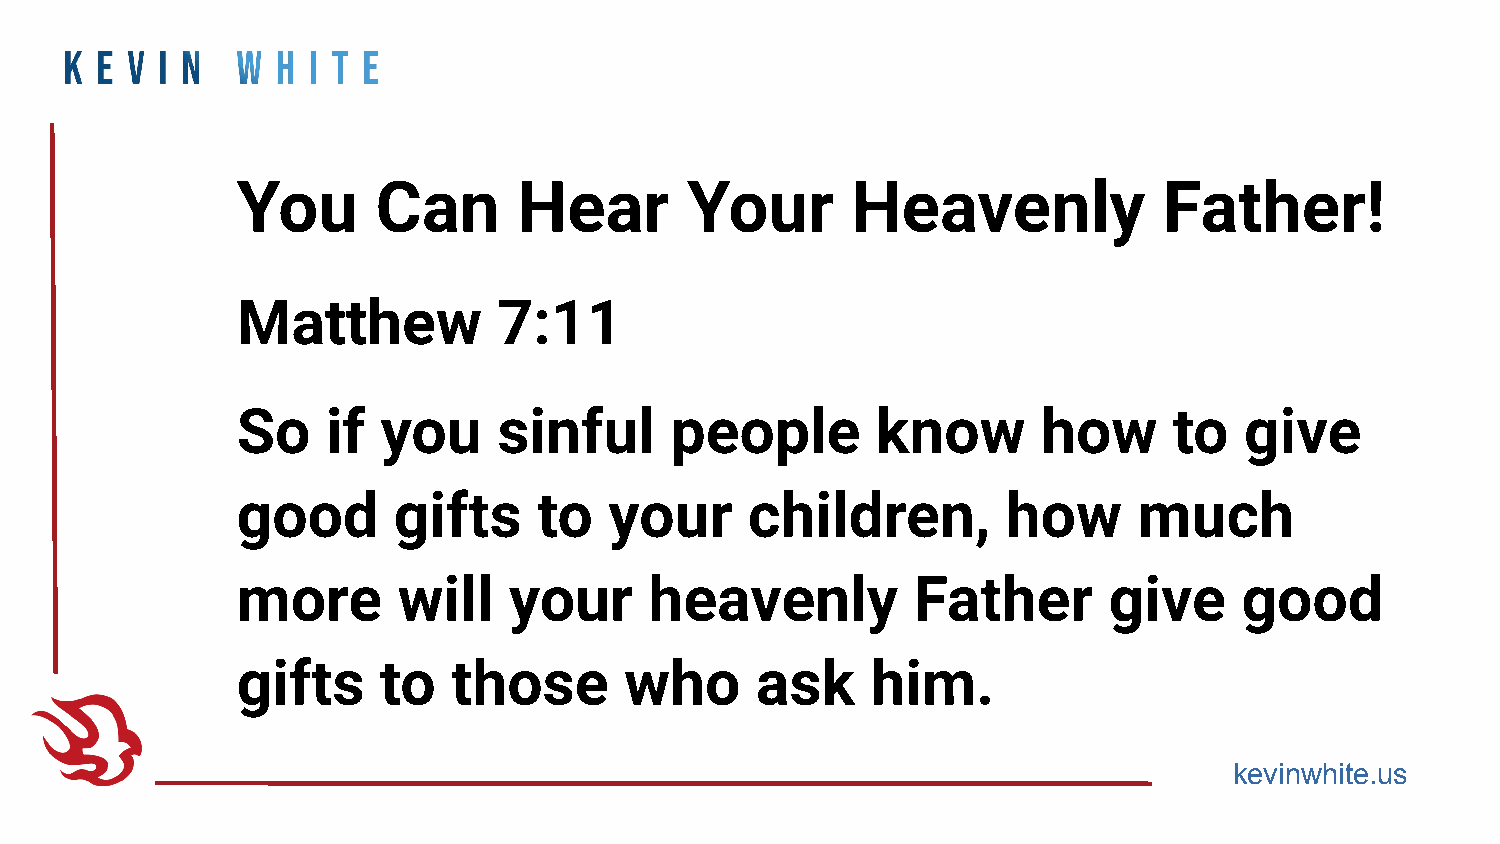
You      Can      Hear       Your       Heavenly             Father!
 Matthew          7:11
 So    if you     sinful     people        know       how      to  give
 good      gifts     to  your      children,        how     much
 more      will    your     heavenly         Father       give     good
 gifts    to   those      who      ask     him.
 kevinwhite.us